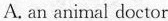
A. an animal doctor